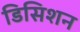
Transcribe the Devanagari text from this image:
डिसिशन